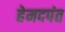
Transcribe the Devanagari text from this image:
हेमदपंत